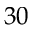
3 0